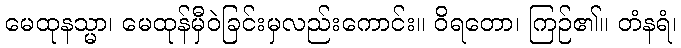
မေထုနသ္မာ၊ မေထုန်မှီဝဲခြင်းမှလည်းကောင်း။ ဝိရတော၊ ကြဉ်၏။ တံနရံ၊